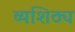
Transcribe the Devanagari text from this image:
व्यशिठ्य